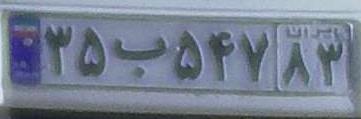
۳۵ب۵۴۷۸۳